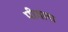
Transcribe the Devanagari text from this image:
पीवला